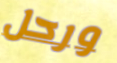
ورحل